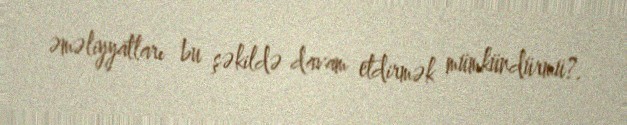
əməliyyatları bu şəkildə davam etdirmək mümkündürmü?.